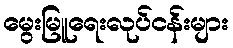
မွေးမြူရေးလုပ်ငန်းများ